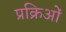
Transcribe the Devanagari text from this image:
प्रक्रिओं